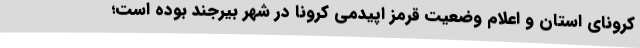
کرونای استان و اعلام وضعیت قرمز اپیدمی کرونا در شهر بیرجند بوده است؛